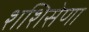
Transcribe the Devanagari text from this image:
शशिसेणा